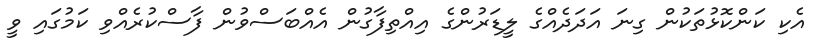
އެކި ކަންކޮޅުތަކުން ގިނަ އަދަދެއްގެ ލީޑަރުންގެ އިއްތިފާގުން އެއްބަސްވުން ފާސްކުރެއްވި ކަމުގައި ވީ